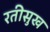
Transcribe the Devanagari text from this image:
रतीसुख